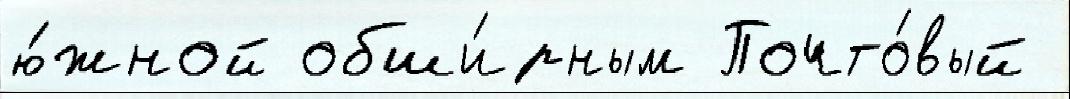
ю́жной обши́рным Почто́вый